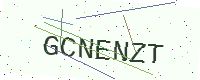
Text: GCNENZT